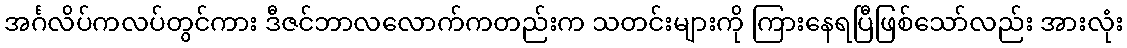
အင်္ဂလိပ်ကလပ်တွင်ကား ဒီဇင်ဘာလလောက်ကတည်းက သတင်းများကို ကြားနေရပြီဖြစ်သော်လည်း အားလုံး